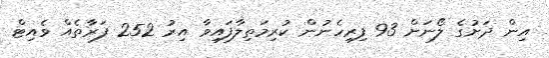
އިން ދަށުގެ ލޯނަށް 93 ފިރިހެނުން ކުރިމަތިލާފައިވާ އިރު 252 ފަރާތެއް ވެއިޓް